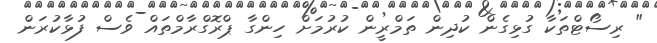
" ރިސޯޓްތަކާ ގުޅިގެން ކުދިން ތަމްރީން ކުރުމަށް ހިންގާ ޕްރޮގްރާމްތައް ވެސް ފުޅާކުރަން